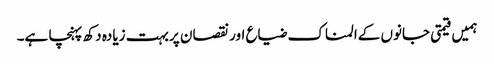
ہمیں قیمتی جانوں کےالمناک ضیا‏ع اور نقصان پر بہت زیادہ دکھ پہنچا ہے۔